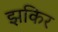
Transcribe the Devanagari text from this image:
झकिर